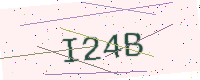
Text: I24B